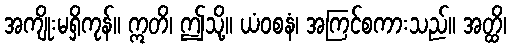
အကျိုးမရှိကုန်။ ဣတိ၊ ဤသို့။ ယံဝစနံ၊ အကြင်စကားသည်။ အတ္ထိ၊